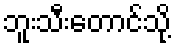
ဘူးသီးတောင်သို့